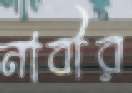
নাবীর